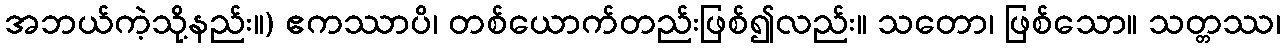
အဘယ်ကဲ့သို့နည်း။) ဧကဿာပိ၊ တစ်ယောက်တည်းဖြစ်၍လည်း။ သတော၊ ဖြစ်သော။ သတ္တဿ၊